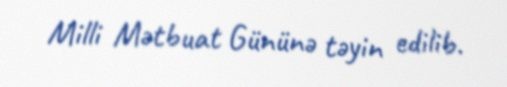
Milli Mətbuat Gününə təyin edilib.